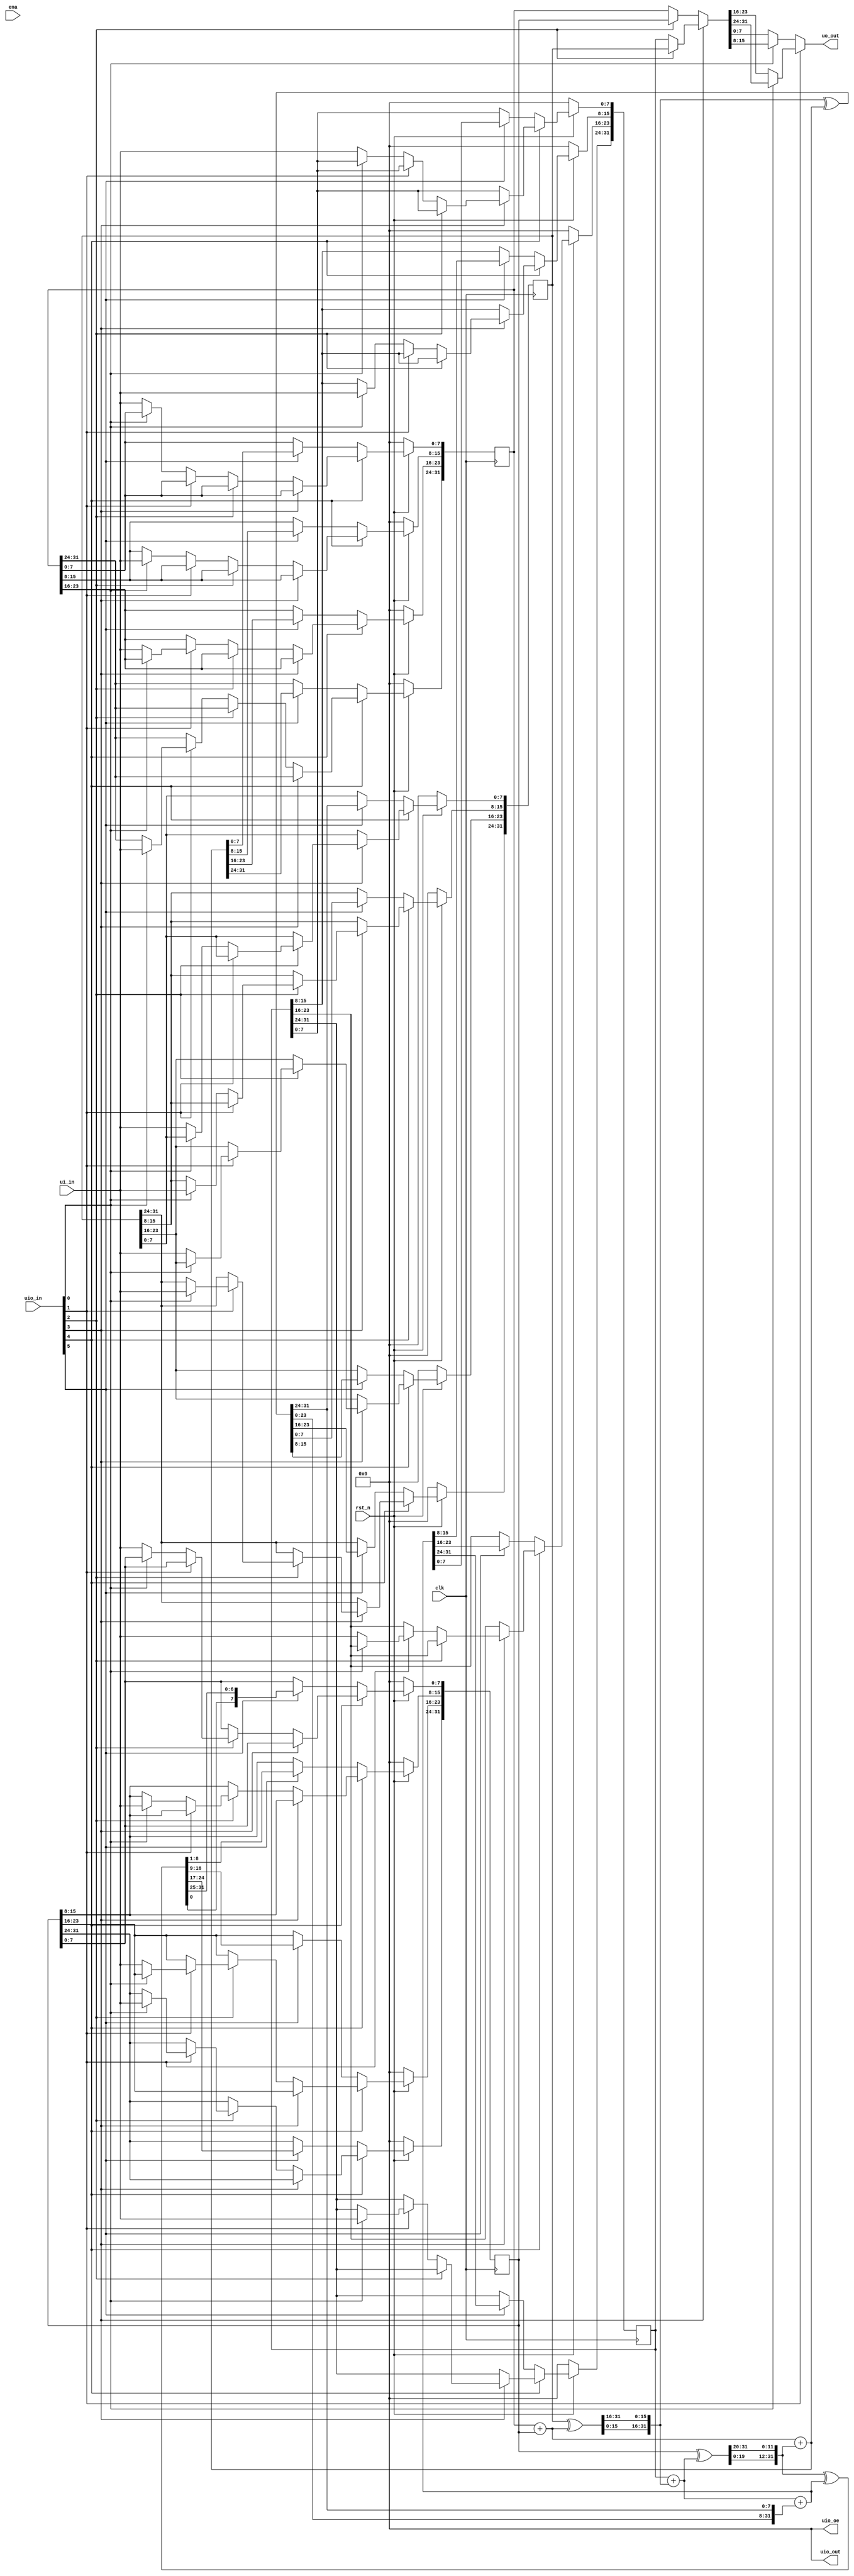
/*
 * Copyright (c) 2024 Your Name
 * SPDX-License-Identifier: Apache-2.0
 */

`define default_netname none

module tt_um_couchand_chacha_qr (
    input  wire [7:0] ui_in,    // Dedicated inputs
    output wire [7:0] uo_out,   // Dedicated outputs
    input  wire [7:0] uio_in,   // IOs: Input path
    output wire [7:0] uio_out,  // IOs: Output path
    output wire [7:0] uio_oe,   // IOs: Enable path (active high: 0=input, 1=output)
    input  wire       ena,      // will go high when the design is enabled
    input  wire       clk,      // clock
    input  wire       rst_n     // reset_n - low to reset
);

  assign uio_out = 0;
  assign uio_oe  = 0;

  reg [31:0] a;
  reg [31:0] b;
  reg [31:0] c;
  reg [31:0] d;

  wire [3:0] addr = uio_in[3:0];
  wire wr_en = uio_in[4];
  wire qr_en = uio_in[5];

  wire [31:0] reg_out = addr[3]
    ? (addr[2] ? d : c)
    : (addr[2] ? b : a);

  assign uo_out = addr[1]
    ? (addr[0] ? reg_out[31:24] : reg_out[23:16])
    : (addr[0] ? reg_out[15:8] : reg_out[7:0]);

  wire [31:0] a_plus_b = a + b;
  wire [31:0] d_xor_apb = d ^ a_plus_b;
  wire [31:0] dxa_rotl_16;
  assign dxa_rotl_16[15:0] = d_xor_apb[31:16];
  assign dxa_rotl_16[31:16] = d_xor_apb[15:0];

  wire [31:0] c_plus_d = c + dxa_rotl_16;
  wire [31:0] b_xor_cpd = b ^ c_plus_d;
  wire [31:0] bxc_rotl_12;
  assign bxc_rotl_12[11:0] = b_xor_cpd[31:20];
  assign bxc_rotl_12[31:12] = b_xor_cpd[19:0];

  wire [31:0] apb_plus_br12 = a_plus_b + bxc_rotl_12;
  wire [31:0] dr16_xor_apb = dxa_rotl_16 ^ apb_plus_br12;
  wire [31:0] dxa_rotl_8;
  assign dxa_rotl_8[7:0] = dr16_xor_apb[31:24];
  assign dxa_rotl_8[31:8] = dr16_xor_apb[23:0];

  wire [31:0] cpd_plus_dr8 = c_plus_d + dxa_rotl_8;
  wire [31:0] br12_xor_cpd = bxc_rotl_12 ^ cpd_plus_dr8;
  wire [31:0] bxc_rotl_7;
  assign bxc_rotl_7[6:0] = br12_xor_cpd[31:25];
  assign bxc_rotl_7[31:7] = br12_xor_cpd[24:0];

  always @(posedge clk) begin
    if (!rst_n) begin
      a <= 32'b0;
      b <= 32'b0;
      c <= 32'b0;
      d <= 32'b0;
    end else begin
      if (wr_en) begin
        if (addr[3]) begin
          if (addr[2]) begin
            if (addr[1]) begin
              if (addr[0]) begin
                d[31:24] <= ui_in;
              end else begin
                d[23:16] <= ui_in;
              end
            end else begin
              if (addr[0]) begin
                d[15:8] <= ui_in;
              end else begin
                d[7:0] <= ui_in;
              end
            end
          end else begin
            if (addr[1]) begin
              if (addr[0]) begin
                c[31:24] <= ui_in;
              end else begin
                c[23:16] <= ui_in;
              end
            end else begin
              if (addr[0]) begin
                c[15:8] <= ui_in;
              end else begin
                c[7:0] <= ui_in;
              end
            end
          end
        end else begin
          if (addr[2]) begin
            if (addr[1]) begin
              if (addr[0]) begin
                b[31:24] <= ui_in;
              end else begin
                b[23:16] <= ui_in;
              end
            end else begin
              if (addr[0]) begin
                b[15:8] <= ui_in;
              end else begin
                b[7:0] <= ui_in;
              end
            end
          end else begin
            if (addr[1]) begin
              if (addr[0]) begin
                a[31:24] <= ui_in;
              end else begin
                a[23:16] <= ui_in;
              end
            end else begin
              if (addr[0]) begin
                a[15:8] <= ui_in;
              end else begin
                a[7:0] <= ui_in;
              end
            end
          end
        end
      end else begin
        if (qr_en) begin
          a <= apb_plus_br12;
          b <= bxc_rotl_7;
          c <= cpd_plus_dr8;
          d <= dxa_rotl_8;
        end
      end
    end
  end

endmodule